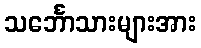
သင်္ဘောသားများအား